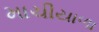
માચીયાળા